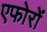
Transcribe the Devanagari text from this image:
एफोरों